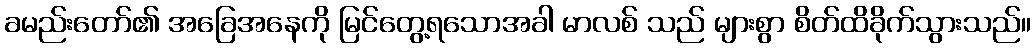
ခမည်းတော်၏ အခြေအနေကို မြင်တွေ့ရသောအခါ မာလစ် သည် များစွာ စိတ်ထိခိုက်သွားသည်။